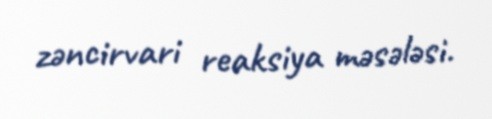
zəncirvari reaksiya məsələsi.